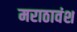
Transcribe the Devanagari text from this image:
मराठावंश